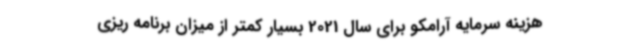
هزینه سرمایه آرامکو برای سال 2021 بسیار کمتر از میزان برنامه ریزی